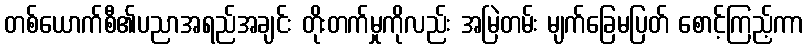
တစ်ယောက်စီ၏ပညာအရည်အချင်း တိုးတက်မှုကိုလည်း အမြဲတမ်း မျက်ခြေမပြတ် စောင့်ကြည့်ကာ